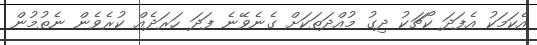
އެކަމަކު އެފަދަ ކޯޗަކު ދިގު މުއްދަތަކަށް ގެނެވޭނެ ފަދަ ހަރަދެއް ކުރެވެން ނެތުމުން